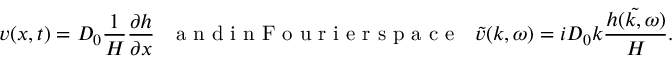
v ( x , t ) = D _ { 0 } \frac { 1 } { H } \frac { \partial h } { \partial x } \, \, \, \, \mathrm { ~ a ~ n ~ d ~ i ~ n ~ F ~ o ~ u ~ r ~ i ~ e ~ r ~ s ~ p ~ a ~ c ~ e ~ } \, \, \, \, \tilde { v } ( k , \omega ) = i D _ { 0 } k \frac { \tilde { h ( k , \omega ) } } { H } .